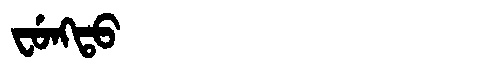
Manchu: ᠸᡠᠩᡨᠣ
Romanization: FUNGTO